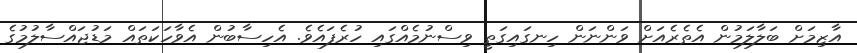
އާޒިމަށް ބަލާލަމުން އެެތެެރެއަށް ވަންނަން ހިނގައިގަތީ ވިސްނުމެއްގައި ހުރެފައެވެ. އެހިސާބުން އެވާހަކަތައް މަޑުޖައްސާލުމުގެ